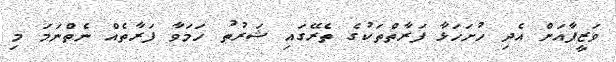
ވަޒީފާއަށް އެދި ހުށަހަޅާ ފަރާތްތަކުގެ ތެރޭގައި ޝަރުޠު ހަމަވާ ފަރާތެއް ނެތްނަމަ މި